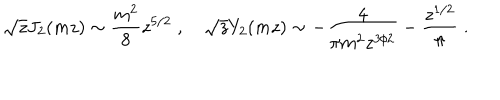
LaTeX: \sqrt { z } J _ { 2 } ( m z ) \sim { \frac { m ^ { 2 } } { 8 } } z ^ { 5 / 2 } \; , ~ \sqrt { z } Y _ { 2 } ( m z ) \sim - { \frac { 4 } { \pi m ^ { 2 } z ^ { 3 / 2 } } } - { \frac { z ^ { 1 / 2 } } { \pi } } \; .